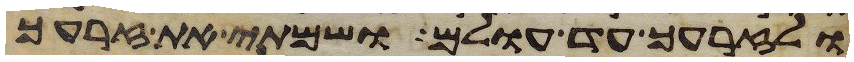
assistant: ולזרעך עד עולם ושמתי את זרעך